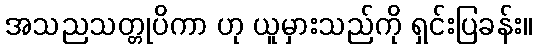
အသညသတ္တုပိကာ ဟု ယူမှားသည်ကို ရှင်းပြခန်း။